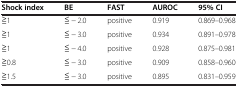
<table><thead><tr><td><b>Shock index</b></td><td><b>BE</b></td><td><b>FAST</b></td><td><b>AUROC</b></td><td><b>95% CI</b></td></tr></thead><tbody><tr><td>≧1</td><td>≦ − 2.0</td><td>positive</td><td>0.919</td><td>0.869–0.968</td></tr><tr><td>≧1</td><td>≦ − 3.0</td><td>positive</td><td>0.934</td><td>0.891–0.978</td></tr><tr><td>≧1</td><td>≦ − 4.0</td><td>positive</td><td>0.928</td><td>0.875–0.981</td></tr><tr><td>≧0.8</td><td>≦ − 3.0</td><td>positive</td><td>0.909</td><td>0.858–0.960</td></tr><tr><td>≧1.5</td><td>≦ − 3.0</td><td>positive</td><td>0.895</td><td>0.831–0.959</td></tr></tbody></table>